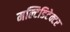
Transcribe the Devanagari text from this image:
मल्टिडिटेक्टर